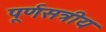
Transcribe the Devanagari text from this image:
पूर्णसत्रीय